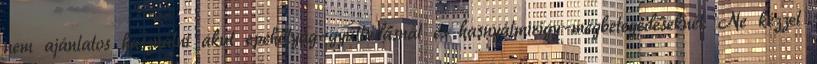
nem ajánlatos használni akut epehólyag-gyulladásnál és hasnyálmirigy-megbetegedéseknél. Ne kézzel